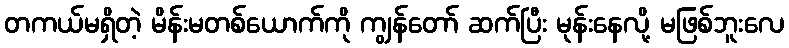
တကယ်မရှိတဲ့ မိန်းမတစ်ယောက်ကို ကျွန်တော် ဆက်ပြီး မုန်းနေလို့ မဖြစ်ဘူးလေ